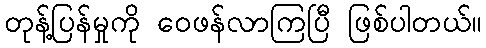
တုန့်ပြန်မှုကို ဝေဖန်လာကြပြီ ဖြစ်ပါတယ်။